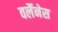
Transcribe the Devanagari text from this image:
वर्लैनेस